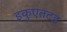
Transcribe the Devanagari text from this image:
इकुएतटड